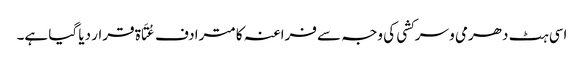
اسی ہٹ دھرمی و سرکشی کی وجہ سے فراعنہ کا مترادف عُتَاۃ قرار دیا گیا ہے۔